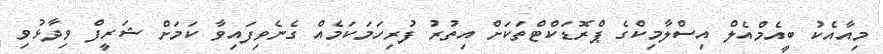
މިއާއެކު ބީއެމްއެލް އިސްލާމިކްގެ ޕްރޮޑަކްޓްތަކަށް އިތުރު ފުރިހަމަކަމެއް ގެނެވިފައިވާ ކަމަށް ޝަރީފް ވިދާޅުވި